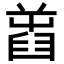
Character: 𦥾